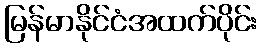
မြန်မာနိုင်ငံအထက်ပိုင်း